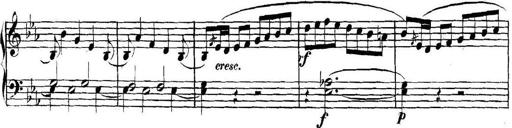
Title: Collected Piano Sonatas
Composer: Muzio Clementi